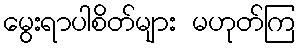
မွေးရာပါစိတ်များ မဟုတ်ကြ